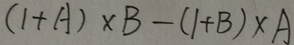
( 1 + A ) \times B - ( 1 + B ) \times A